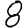
Digit: 8